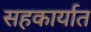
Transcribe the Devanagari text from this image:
सहकार्यात